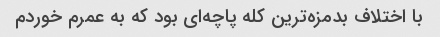
با اختلاف بدمزه‌ترین کله پاچه‌ای بود که به عمرم خوردم